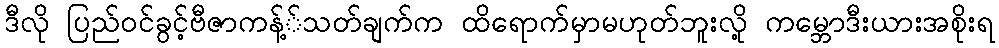
ဒီလို ပြည်ဝင်ခွင့်ဗီဇာကန့််သတ်ချက်က ထိရောက်မှာမဟုတ်ဘူးလို့ ကမ္ဘောဒီးယားအစိုးရ